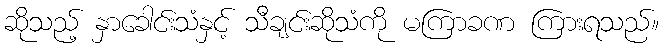
ဆိုသည့် နှာခေါင်းသံနှင့် သီချင်းဆိုသံကို မကြာခဏ ကြားရသည်။